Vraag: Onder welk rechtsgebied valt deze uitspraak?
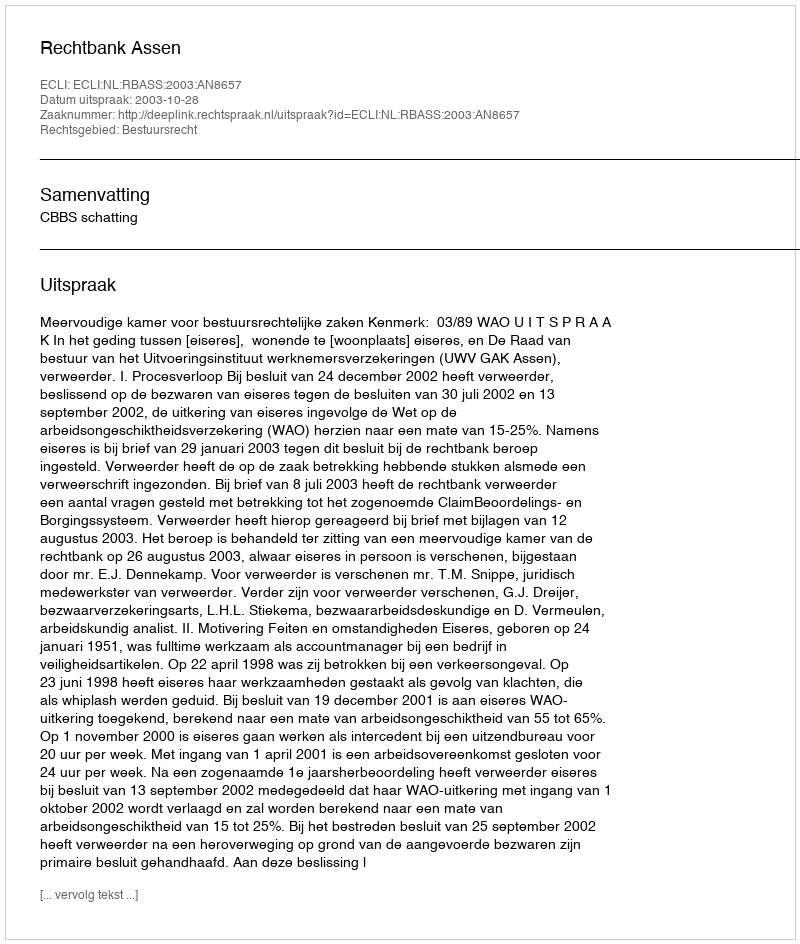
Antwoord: Bestuursrecht